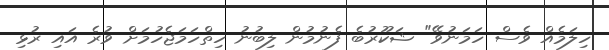
ހިލަމެއް ވެސް ހަމަނުވޭ" ޝަކޫރުބެ ފެނުމުން ލިބުނު ހިތްހަމަޖެހުމަށް ވުރެ އައި ރުޅި